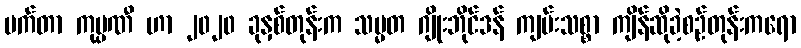
မက်တာ ကုမ္ပဏီ ဟာ ၂၀၂၀ ခုနှစ်တုန်းက သမ္မတ ဂျိုးဘိုင်ဒန် ကျမ်းသစ္စာ ကျိန်ဆိုခဲ့စဉ်တုန်းကရော